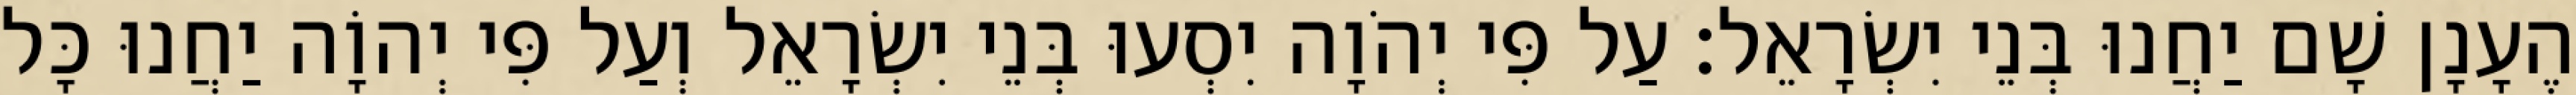
הֶעָנָן שָׁם יַחֲנוּ בְּנֵי יִשְׂרָאֵל׃ עַל פִּי יְהֹוָה יִסְעוּ בְּנֵי יִשְׂרָאֵל וְעַל פִּי יְהוָֹה יַחֲנוּ כָּל